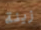
زينة